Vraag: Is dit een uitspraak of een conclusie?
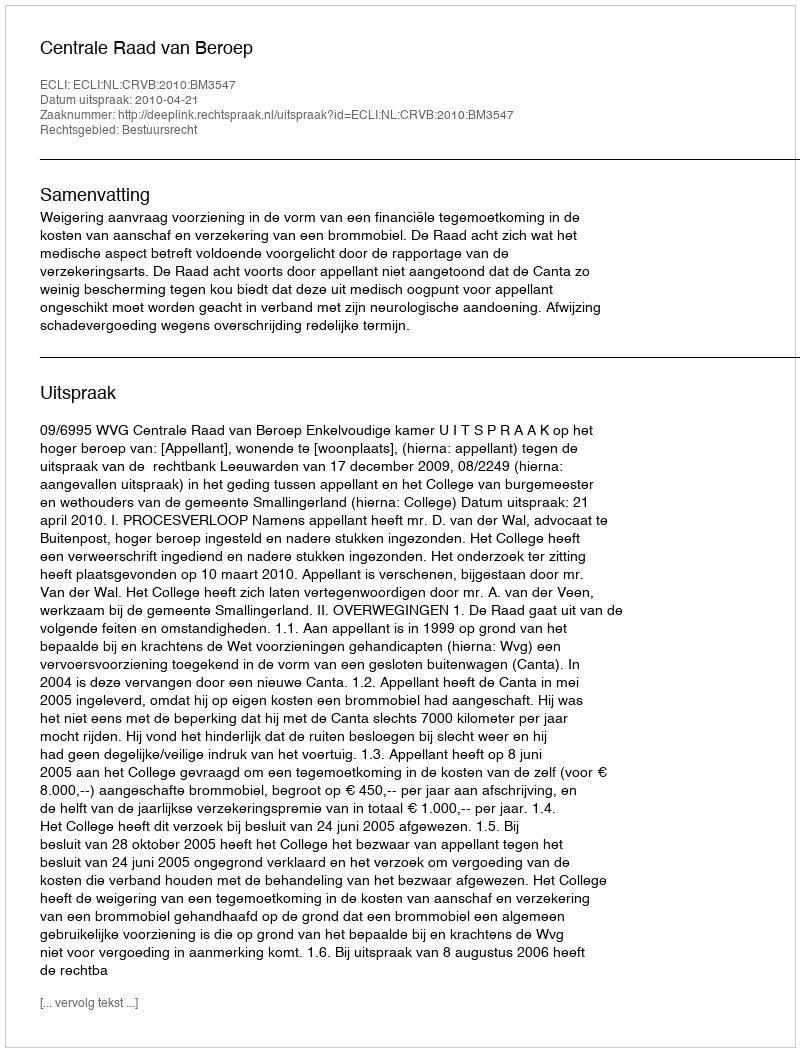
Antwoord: Uitspraak